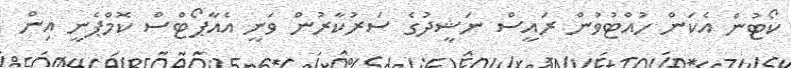
ކޯޓުން އެކަން ހުއްޓުވުން ރައީސް ނަޝީދުގެ ސަރުކާރުން ވަނީ އެއާޕޯޓްސް ކޮމްޕެނީ އިން